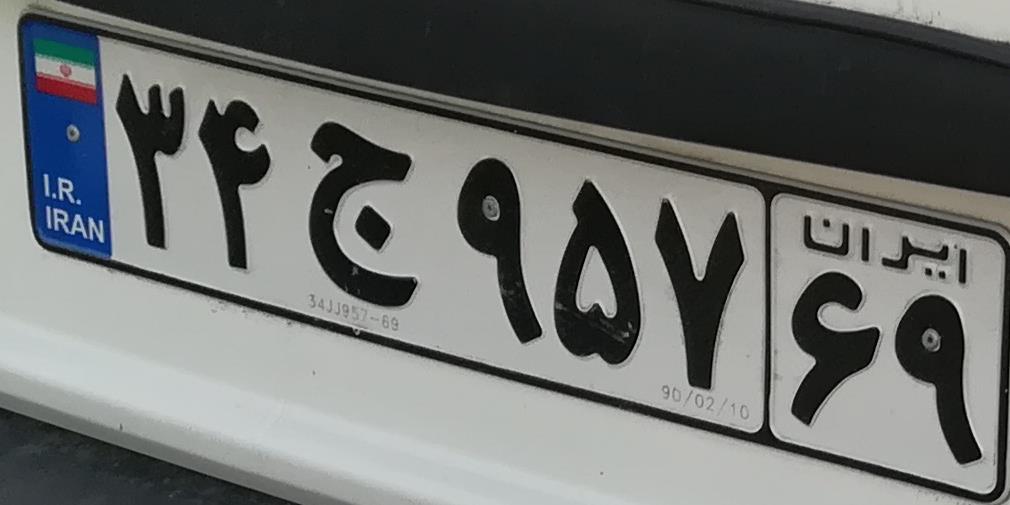
۳۴ج۹۵۷۶۹